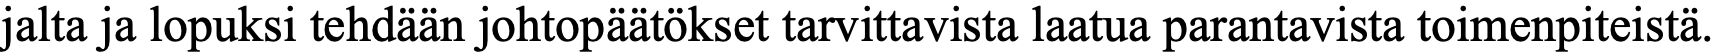
jalta ja lopuksi tehdään johtopäätökset tarvittavista laatua parantavista toimenpiteistä.